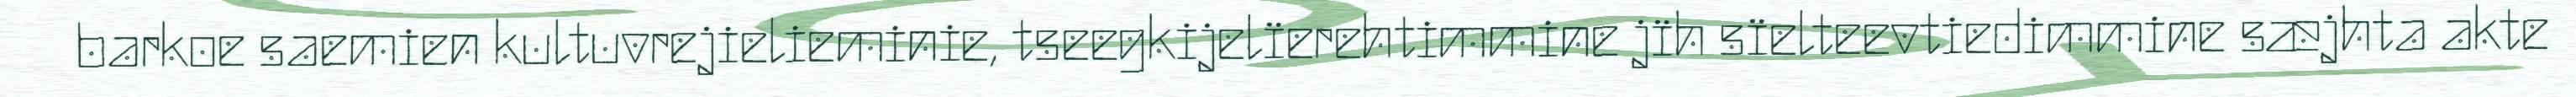
barkoe saemien kultuvrejielieminie, tseegkijelïerehtimmine jïh sïelteevtiedimmine sæjhta akte